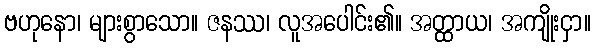
ဗဟုနော၊ များစွာသော။ ဇနဿ၊ လူအပေါင်း၏။ အတ္ထာယ၊ အကျိုးငှာ။